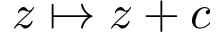
z \mapsto z + c